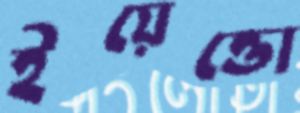
ইয়েত্তো